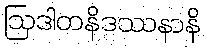
ဩဒါတနိဒဿနာနိ